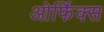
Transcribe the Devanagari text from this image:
ओर्फिक्स